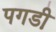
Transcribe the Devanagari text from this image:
पगडी़